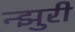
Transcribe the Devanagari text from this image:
न्झुरी